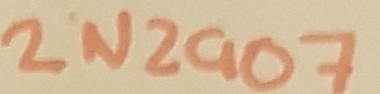
Text: 2N2907